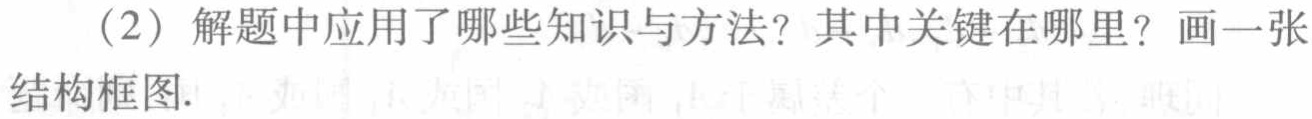
（2）解题中应用了哪些知识与方法？其中关键在哪里？画一张结构框图.